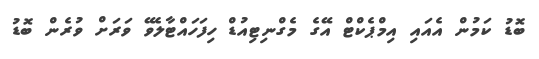
ބޮޑު ކަމުން އެއައި އިމްޕެކްޓް އޭގެ މެގްނިޓިއުޑް ހިފަހައްޓާލެވޭ ވަރަށް ވުރެން ބޮޑު